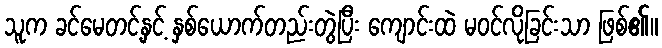
သူက ခင်မေတင့်နှင့် နှစ်ယောက်တည်းတွဲပြီး ကျောင်းထဲ မဝင်လိုခြင်းသာ ဖြစ်၏။